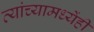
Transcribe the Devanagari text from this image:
त्यांच्यामध्येंही